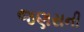
જણસની